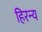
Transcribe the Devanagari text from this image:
हिरन्य